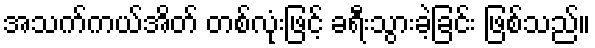
အသက်ကယ်အိတ် တစ်လုံးဖြင့် ခရီးသွားခဲ့ခြင်း ဖြစ်သည်။